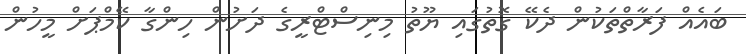
ބައެއް ފަރާތްތަކުން ދެކޭ ގޮތުގައި ޔޫތު މިނިސްޓްރީގެ ދަށުން ހިންގާ ކޭމްޕަށް މީހުން